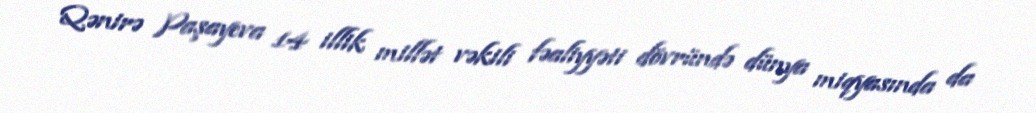
Qənirə Paşayeva 14 illik millət vəkili fəaliyyəti dövründə dünya miqyasında da